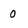
Character: 0